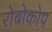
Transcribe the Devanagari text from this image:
रोबोकोप